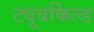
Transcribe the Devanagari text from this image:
ट्यूबर्किल्ड